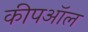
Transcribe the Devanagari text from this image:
कीपऑल